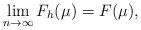
LaTeX: \begin{align*} \lim_{n\to\infty}F_h(\mu)=F(\mu), \end{align*}